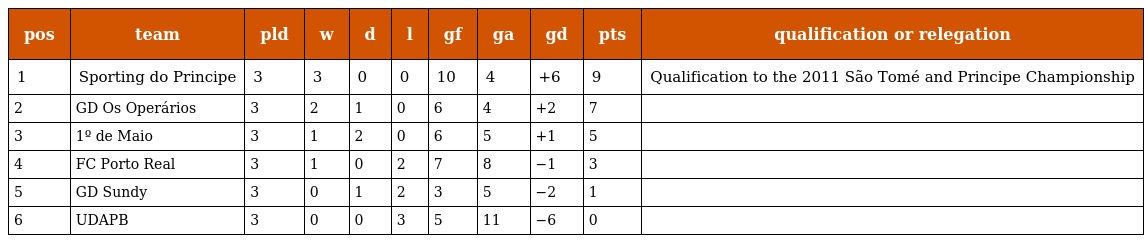
| pos | team | pld | w | d | l | gf | ga | gd | pts | qualification or relegation |
 | --- | --- | --- | --- | --- | --- | --- | --- | --- | --- | --- |
 | 1 | Sporting do Principe | 3 | 3 | 0 | 0 | 10 | 4 | +6 | 9 | Qualification to the 2011 São Tomé and Principe Championship |
 | 2 | GD Os Operários | 3 | 2 | 1 | 0 | 6 | 4 | +2 | 7 |  |
 | 3 | 1º de Maio | 3 | 1 | 2 | 0 | 6 | 5 | +1 | 5 |  |
 | 4 | FC Porto Real | 3 | 1 | 0 | 2 | 7 | 8 | −1 | 3 |  |
 | 5 | GD Sundy | 3 | 0 | 1 | 2 | 3 | 5 | −2 | 1 |  |
 | 6 | UDAPB | 3 | 0 | 0 | 3 | 5 | 11 | −6 | 0 |  |